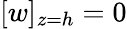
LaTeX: [w]_{z=h}=0